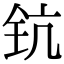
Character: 钪